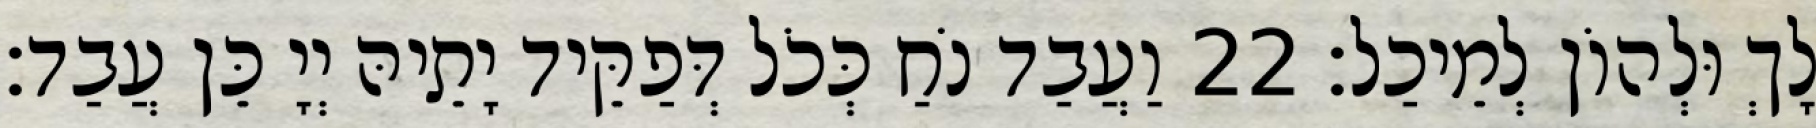
לָךְ וּלְהוֹן לְמֵיכַל׃ 22 וַעֲבַד נֹחַ כְּכֹל דְּפַקֵּיד יָתֵיהּ יְיָ כֵּן עֲבַד׃